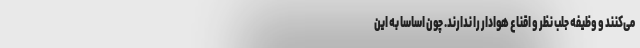
می‌کنند و وظیفه جلب نظر و اقناع هوادار را ندارند. چون اساساً به این